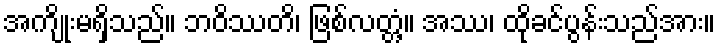
အကျိုးမရှိသည်။ ဘဝိဿတိ၊ ဖြစ်လတ္တံ့။ အဿ၊ ထိုခင်ပွန်းသည်အား။